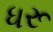
ધરૂ